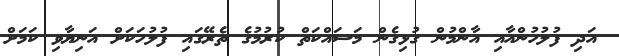
އަދި ފުލުހުންއާއި އާންމުން ގުޅިގެން މަސައްކަތް ކުރުމުގެ ތެރޭގައި ފުލުހަކަށް އަނިޔާވި ކަމަށް